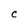
Character: c